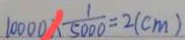
1 0 0 0 0 \times \frac { 1 } { 5 0 0 0 } = 2 ( c m )